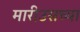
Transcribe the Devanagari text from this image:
मारीउसच्या